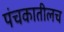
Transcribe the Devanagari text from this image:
पंचकातीलच